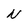
Character: N